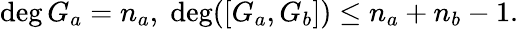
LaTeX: \deg G_{a}=n_{a},\; \deg([G_{a},G_{b}])\leq n_{a}+n_{b}-1.